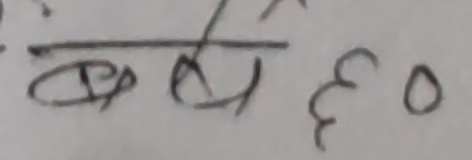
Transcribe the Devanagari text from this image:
बलियो